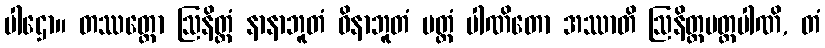
ပါဌော။ တဿတ္ထော ဩနိတ္တံ နာနာဘူတံ ဝိနာဘူတံ ပတ္တံ ပါဏိတော အဿာတိ ဩနိတ္တပတ္တပါဏိ, တံ